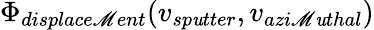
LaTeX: \Phi_{displace\mathscr{M}ent}(v_{sp\mathit{u}tter},v_{azi\mathscr{M}\mathit{u}thal})